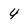
Character: 4